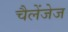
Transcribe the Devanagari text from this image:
चैलेंजेज